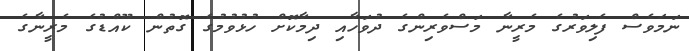
ނަމަވެސް ފެލިވަރުގެ މެރީނާ މަސްވެރިންގެ ދުވަހާއި ދިމާކޮށް ހުޅުވުމުގެ ގޮތުން ކޫއްޑުގެ މެރީނާގެ